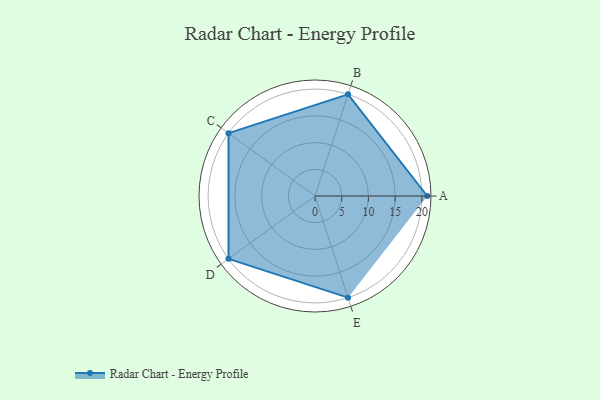
{"axis": {"x": "Skill", "y": "Score"}, "legend": ["Profile"], "data": [{"x": "A", "y": 21.0, "type": "Profile"}, {"x": "B", "y": 20, "type": "Profile"}, {"x": "C", "y": 20, "type": "Profile"}, {"x": "D", "y": 20, "type": "Profile"}, {"x": "E", "y": 20, "type": "Profile"}]}